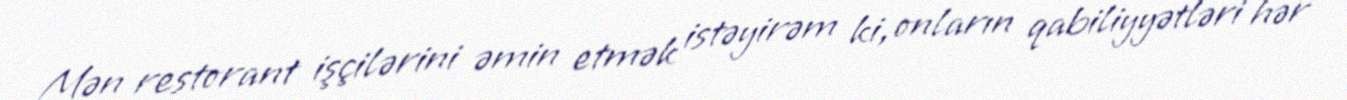
Mən restorant işçilərini əmin etmək istəyirəm ki, onların qabiliyyətləri hər